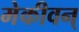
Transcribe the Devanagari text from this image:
मेकीवन्